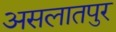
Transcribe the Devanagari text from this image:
असलातपुर